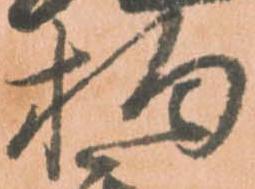
拘